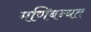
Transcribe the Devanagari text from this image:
मणिबन्धत